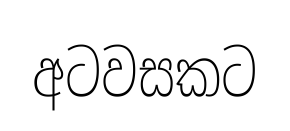
අටවසකට